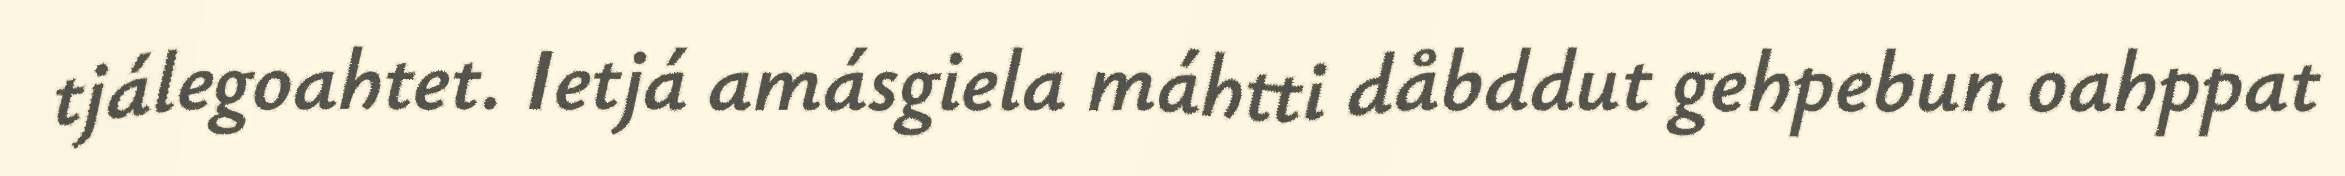
tjálegoahtet. Ietjá amásgiela máhtti dåbddut gehpebun oahppat